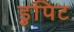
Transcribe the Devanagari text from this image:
डुपिट